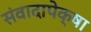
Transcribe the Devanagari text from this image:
संवादापेक्षा